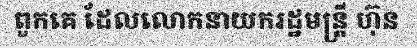
ពួកគេ ដែលលោកនាយករដ្ឋមន្ត្រី ហ៊ុន